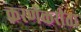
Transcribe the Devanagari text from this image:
करणेकरीता